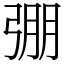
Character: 弸